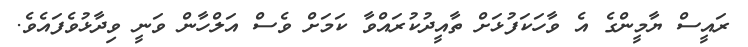
ރައީސް ޔާމީންގެ އެ ވާހަކަފުޅަށް ތާއީދުކުރައްވާ ކަމަށް ވެސް އަލްހާން ވަނީ ވިދާޅުވެފައެވެ.